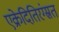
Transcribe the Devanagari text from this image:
एक्रेदितिरंग्स्रत